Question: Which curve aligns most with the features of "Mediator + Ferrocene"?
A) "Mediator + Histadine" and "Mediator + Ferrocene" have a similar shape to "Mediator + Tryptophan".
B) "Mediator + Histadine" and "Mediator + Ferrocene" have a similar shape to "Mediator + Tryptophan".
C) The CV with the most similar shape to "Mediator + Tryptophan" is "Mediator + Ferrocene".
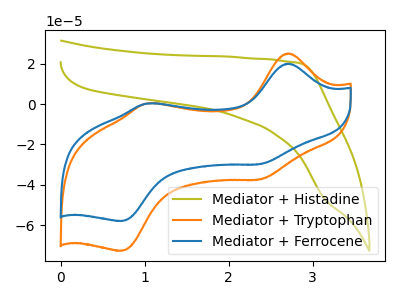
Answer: <think>The olive curve "Mediator + Histadine" has no peaks. The orange curve "Mediator + Tryptophan" has anodic peaks at (2.70V, 25.10uA) (1.05V, 0.35uA) and cathodic peaks at (2.35V, -37.40uA) (0.70V, -72.70uA). The blue curve "Mediator + Ferrocene" has anodic peaks at (2.70V, 20.05uA) (1.05V, 0.30uA) and cathodic peaks at (2.35V, -29.80uA) (0.70V, -57.95uA).
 "Mediator + Histadine" and "Mediator + Tryptophan" have a different number of peaks. "Mediator + Histadine" and "Mediator + Ferrocene" have a different number of peaks. All the peaks in "Mediator + Tryptophan" have a peak in "Mediator + Ferrocene" at the same potential. Every peak in "Mediator + Tryptophan" is higher than every peak in "Mediator + Ferrocene".</think>
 <answer>C) The CV with the most similar shape to "Mediator + Tryptophan" is "Mediator + Ferrocene".</answer>
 <eval>C</eval>